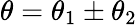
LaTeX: \theta=\theta_{1}\pm\theta_{2}